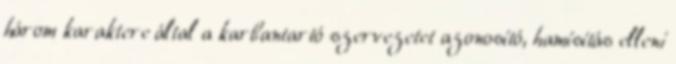
három karaktere által a karbantartó szervezetet azonosító, hamísítás elleni